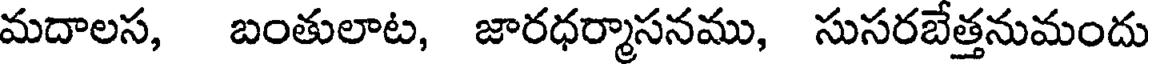
మదాలస, బంతులాట, జారధర్మాసనము, సుసరబేత్తనుమందు